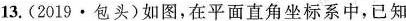
13.(2019·包头)如图，在平面直角坐标系中，已知